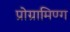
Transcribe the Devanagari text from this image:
प्रोग्रामिण्ग